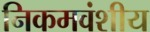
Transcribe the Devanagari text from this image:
निकमवंशीय